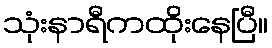
သုံးနာရီကထိုးနေပြီ။